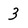
Character: 3